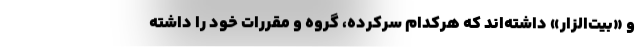
و «بیت‌الزار» داشته‌اند که هرکدام سرکرده، گروه و مقررات خود را داشته